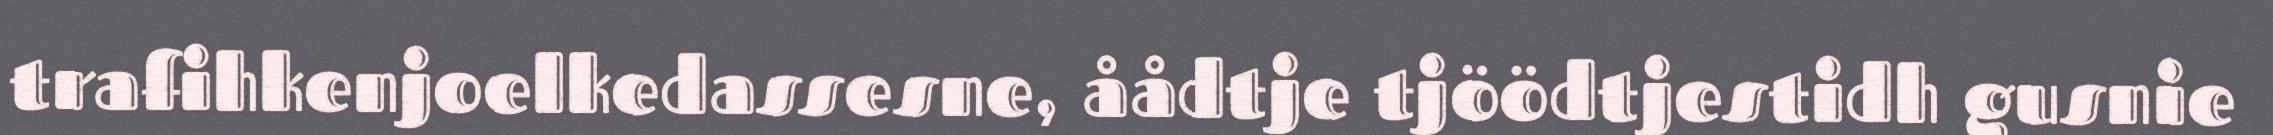
trafihkenjoelkedassesne, åådtje tjöödtjestidh gusnie